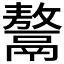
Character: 𩱏